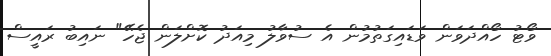
ވޯޓު ހޯއްދަވަން ވަޑައިގަތުމުން އެ ސުވާލު މިއަދު ކޮށްލަން ޖެހޭ" ނައިބު ރައީސް